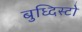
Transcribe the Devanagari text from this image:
बुध्दिस्टो